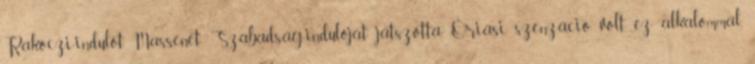
Rákóczi-indulót, Massenet Szabadság-indulóját játszotta. Óriási szenzáció volt ez alkalommal,